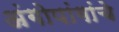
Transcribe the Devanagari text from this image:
अंगोपांगांचे